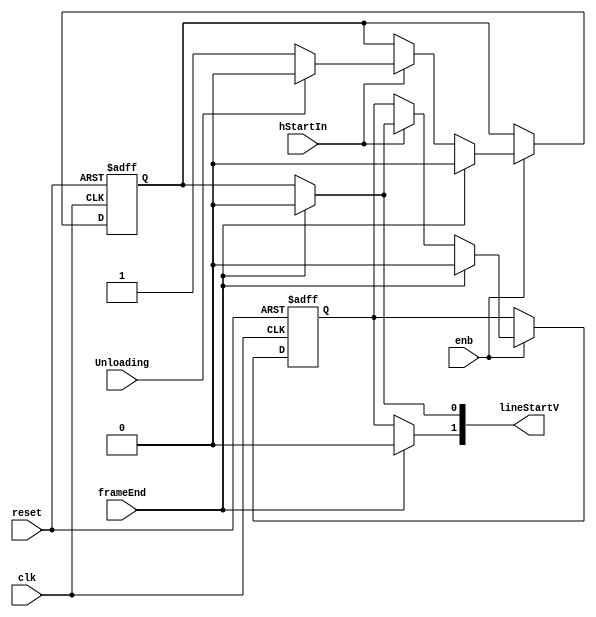
// -------------------------------------------------------------
// 
// 
// Generated by MATLAB 9.13 and HDL Coder 4.0
// 
// -------------------------------------------------------------


// -------------------------------------------------------------
// 
// Module: LineInfoStore
// Source Path: BlobAnalysisHDL/BlobDetector/CCA_Algorithm/Closing/LineBuffer/LineInfoStore
// Hierarchy Level: 4
// 
// -------------------------------------------------------------

`timescale 1 ns / 1 ns

module LineInfoStore
          (clk,
           reset,
           enb,
           hStartIn,
           Unloading,
           frameEnd,
           lineStartV);


  input   clk;
  input   reset;
  input   enb;
  input   hStartIn;
  input   Unloading;
  input   frameEnd;
  output  [1:0] lineStartV;  // ufix2


  wire zeroConstant;
  wire InputMuxOut;
  reg  reg_switch_delay;  // ufix1
  wire lineStart2;
  reg  reg_switch_delay_1;  // ufix1
  wire lineStart3;


  assign zeroConstant = 1'b0;



  assign InputMuxOut = (Unloading == 1'b0 ? hStartIn :
              zeroConstant);



  always @(posedge clk or posedge reset)
    begin : reg_rsvd_process
      if (reset == 1'b1) begin
        reg_switch_delay <= 1'b0;
      end
      else begin
        if (enb) begin
          if (frameEnd == 1'b1) begin
            reg_switch_delay <= 1'b0;
          end
          else begin
            if (hStartIn) begin
              reg_switch_delay <= InputMuxOut;
            end
          end
        end
      end
    end

  assign lineStart2 = (frameEnd == 1'b1 ? 1'b0 :
              reg_switch_delay);



  always @(posedge clk or posedge reset)
    begin : reg_rsvd_1_process
      if (reset == 1'b1) begin
        reg_switch_delay_1 <= 1'b0;
      end
      else begin
        if (enb) begin
          if (frameEnd == 1'b1) begin
            reg_switch_delay_1 <= 1'b0;
          end
          else begin
            if (hStartIn) begin
              reg_switch_delay_1 <= lineStart2;
            end
          end
        end
      end
    end

  assign lineStart3 = (frameEnd == 1'b1 ? 1'b0 :
              reg_switch_delay_1);



  assign lineStartV = {lineStart3, lineStart2};



endmodule  // LineInfoStore